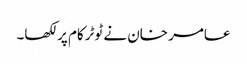
عامر خان نے ٹوٹرکام پر لکھا۔